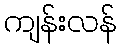
ကျန်းလန်